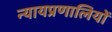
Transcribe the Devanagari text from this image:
न्यायप्रणालियों